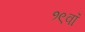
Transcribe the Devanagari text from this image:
१९वॉ